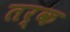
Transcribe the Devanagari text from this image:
तर्क